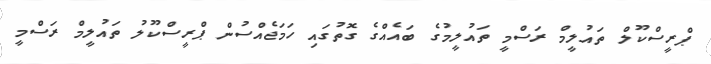
ޕްރީސްކޫލް ތައުލީމް ރަސްމީ ތައުލީމުގެ ބައެއްގެ ގޮތުގައި ހަމަޖެެއްސުން ޕްރީސްކޫލު ތައުލީމް ރަސްމީ